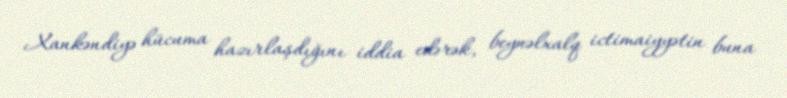
Xankəndiyə hücuma hazırlaşdığını iddia edərək, beynəlxalq ictimaiyyətin buna